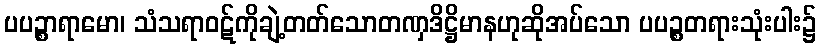
ပပဉ္စာရာမော၊ သံသရာဝဋ်ကိုချဲ့တတ်သောတဏှဒိဋ္ဌိမာနဟုဆိုအပ်သော ပပဉ္စတရားသုံးပါး၌